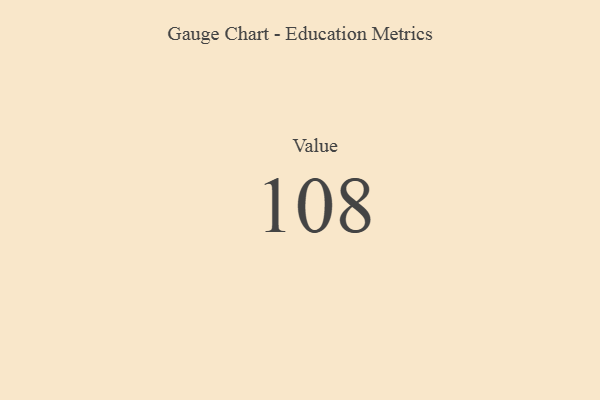
{"axis": {"x": "Metric", "y": "Value"}, "legend": [""], "data": [{"x": "Value", "y": 108, "type": ""}]}